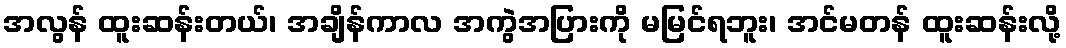
အလွန် ထူးဆန်းတယ်၊ အချိန်ကာလ အကွဲအပြားကို မမြင်ရဘူး၊ အင်မတန် ထူးဆန်းလို့